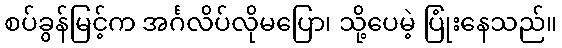
စပ်ခွန်မြင့်က အင်္ဂလိပ်လိုမပြော၊ သို့ပေမဲ့ ပြုံးနေသည်။